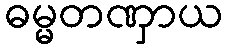
ဓမ္မတဏှာယ